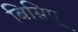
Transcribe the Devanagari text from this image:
बिसिए